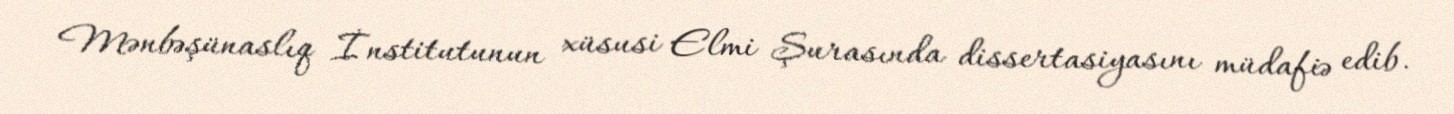
Mənbəşünaslıq İnstitutunun xüsusi Elmi Şurasında dissertasiyasını müdafiə edib.